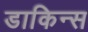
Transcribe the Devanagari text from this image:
डाकिन्स